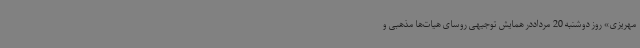
مهریزی» روز دوشنبه 20 مرداددر همایش توجیهی روسای هیات‌ها مذهبی و